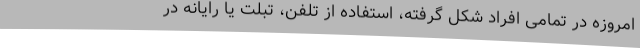
امروزه در تمامی افراد شکل گرفته، استفاده از تلفن، تبلت یا رایانه در